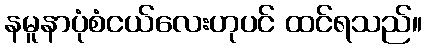
နမူနာပုံစံငယ်လေးဟုပင် ထင်ရသည်။